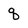
Character: q